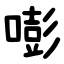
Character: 嘭